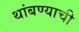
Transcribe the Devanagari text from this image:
थांबण्याची